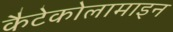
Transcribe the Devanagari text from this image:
कैटेकोलामाइन